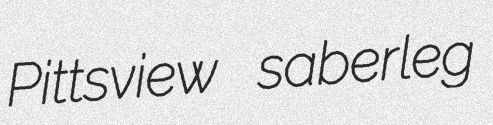
Pittsview saberleg